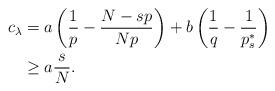
LaTeX: \begin{align*}c_{\lambda} &= a \left( \frac{1}{p} - \frac{N- sp}{Np} \right) + b\left( \frac{1}{q} - \frac{1}{p_{s}^*}\right) \\& \geq a\frac{s}{N}. \end{align*}